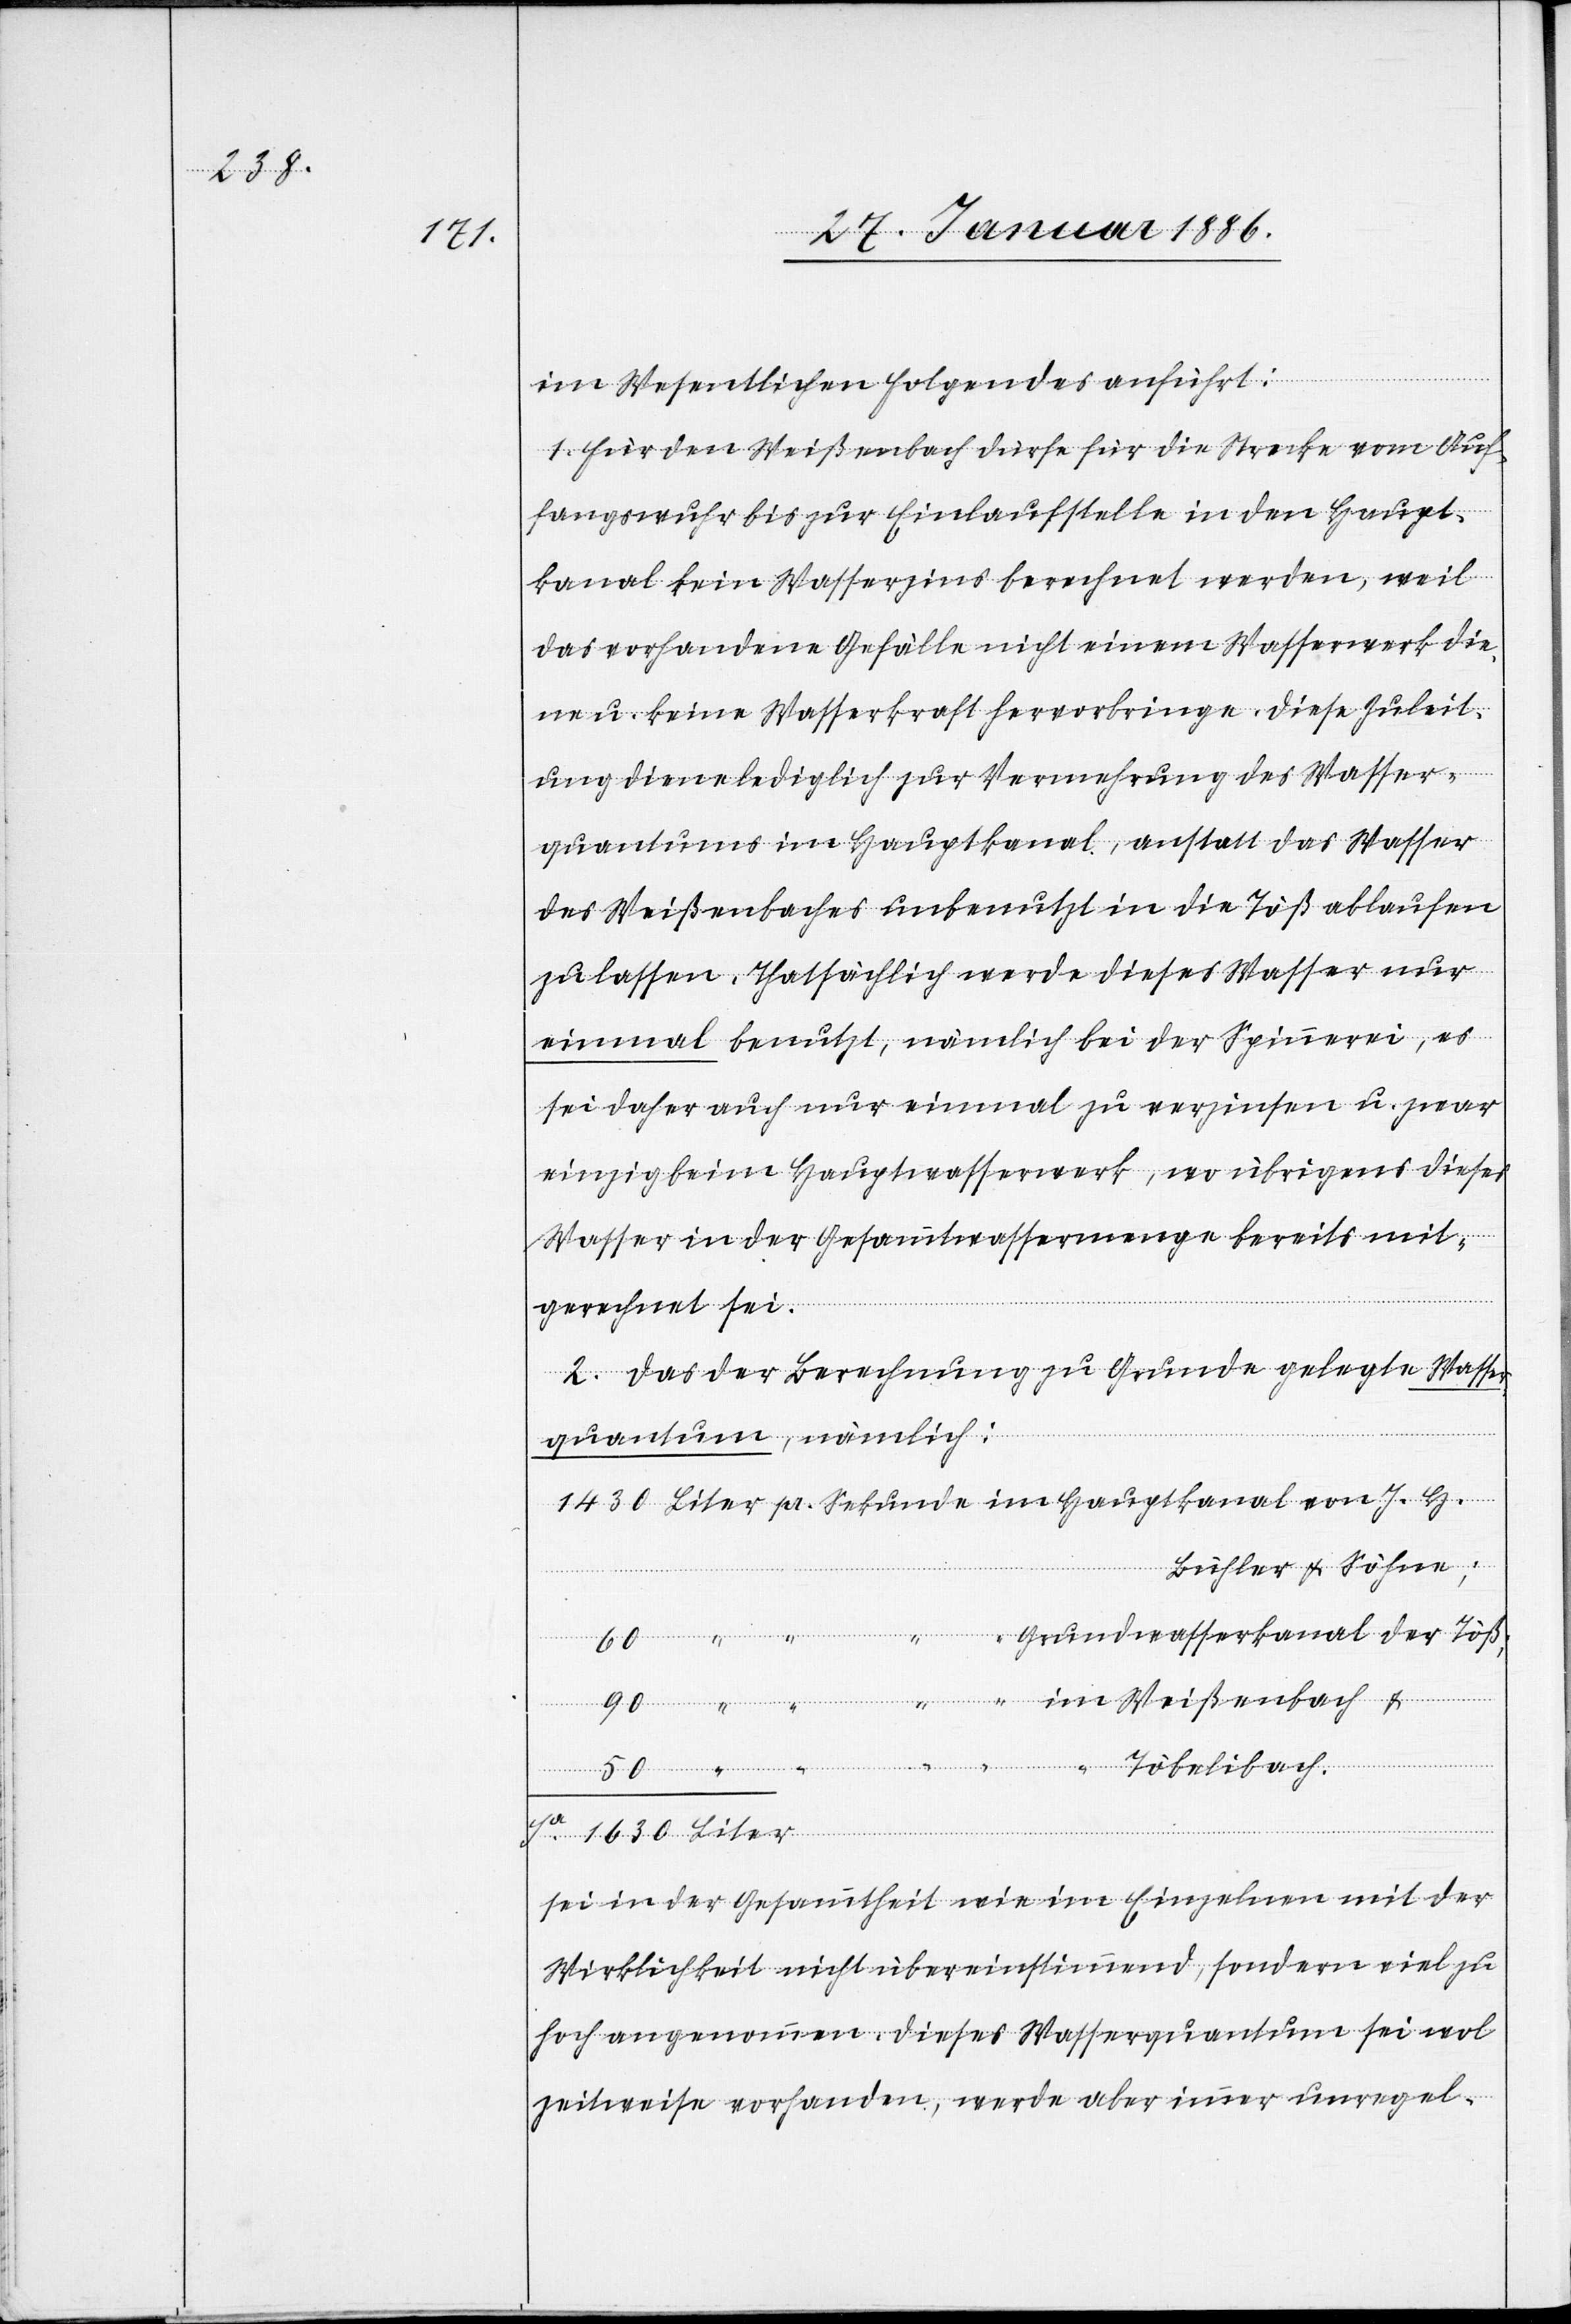
J. H.

im Wesentlichen folgendes anführt:
1. Für den Weißenbach dürfte für die Strecke vom Auf¬
fangswuhr bis zur Einlaufstelle in den Haupt¬
kanal kein Wasserzins berechnet werden, weil
das vorhandene Gefälle nicht einem Wasserwerk die¬
ne u. keine Wasserkraft hervorbringe. Diese Zuleit¬
ung diene lediglich zur Vermehrung des Wasser¬
quantums im Hauptkanal, anstatt das Wasser
des Weißenbaches unbenutzt in die Töß ablaufen
zu lassen. Thatsächlich werde dieses Wasser nur
einmal benutzt, nämlich bei der Spinnerei, es
sei daher auch nur einmal zu verzinsen u. zwar
einzig beim Hauptwasserwerk, wo übrigens dieses
Wasser in der Gesammtwassermenge bereits mit¬
gerechnet sei.
2. Das der Berechnung zu Grunde gelegte Wasser¬
quantum, nämlich:
Bühler & Söhne;
Grundwasserkanal der Töß;
“ Töbelibach.
sei in der Gesammtheit wie im Einzelnen mit der
Wirklichkeit nicht übereinstimmend, sondern viel zu
hoch angenommen. Dieses Wasserquantum sei wol
zeitweise vorhanden, werde aber immer unregel-